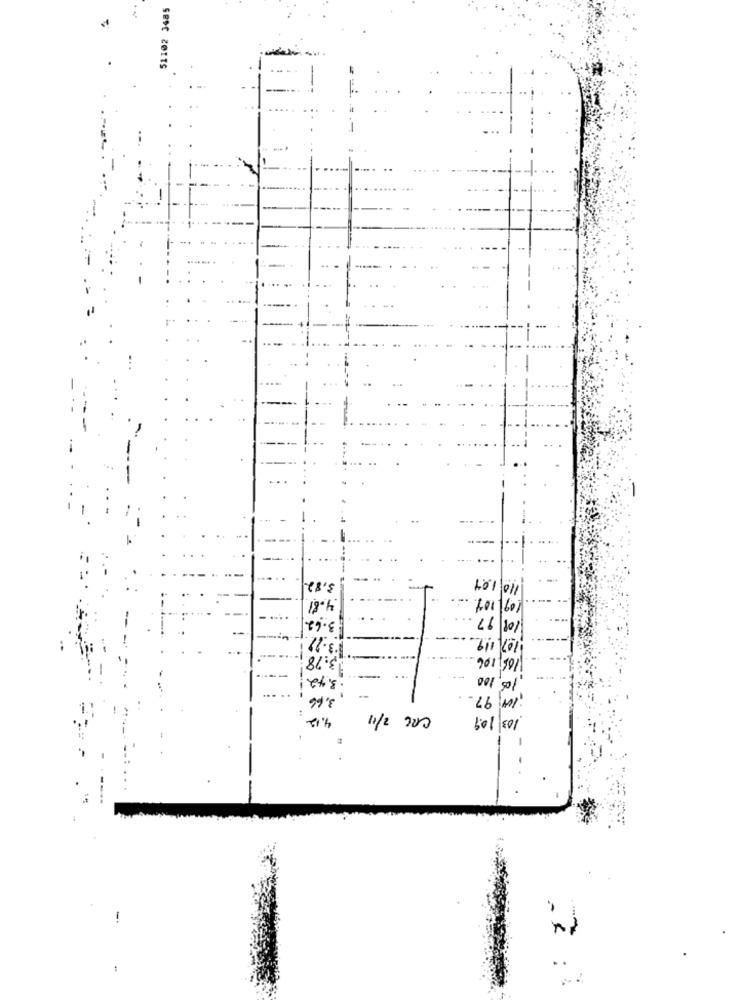
51102 3485
...
3.82
.4.81
101 011
3.78.
3.42
901/501
105,100
. ..
97.
:
4.12
11/2 200
601/80/
FICERIE
-